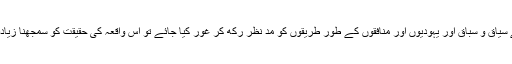
سو اگر واقعہ کے سیاق و سباق اور یہودیوں اور منافقوں کے طور طریقوں کو مدّ نظر رکھ کر غور کیا جائے تو اس واقعہ کی حقیقت کو سمجھنا زیادہ مشکل نہیں رہتا۔